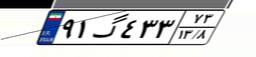
۹۱گ۴۳۳۷۳